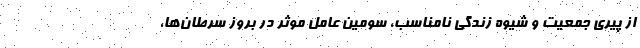
از پیری جمعیت و شیوه زندگی نامناسب، سومین عامل موثر در بروز سرطان‌ها،